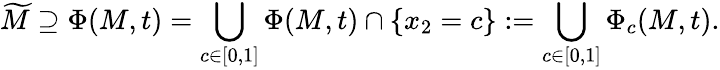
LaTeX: \widetilde{M}\supseteq\Phi(M,t)=\bigcup_{c\in[0,1]}\Phi(M,t)\cap\{ x_{2}=c\} :=\bigcup_{c\in[0,1]}\Phi_{c}(M,t).